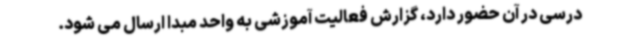
درسی در آن حضور دارد، گزارش فعالیت آموزشی به واحد مبدا ارسال می شود.